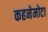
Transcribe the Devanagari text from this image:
कहनेमोटा